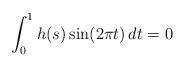
LaTeX: \begin{align*}\int_{0}^{1} h(s)\sin(2\pi t)\,dt = 0\end{align*}